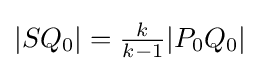
|SQ_{0}|={\tfrac {k}{k-1}}|P_{0}Q_{0}|